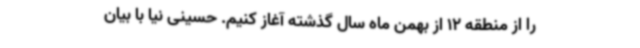
را از منطقه 12 از بهمن ماه سال گذشته آغاز کنیم. حسینی نیا با بیان